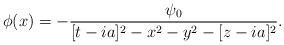
LaTeX: \begin{align*}\phi(x) = - {\psi_0\over[t-ia]^2 - x^2-y^2-[z-ia]^2}.\end{align*}